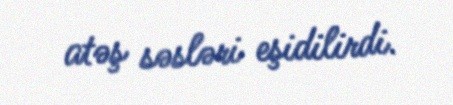
atəş səsləri eşidilirdi.